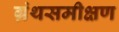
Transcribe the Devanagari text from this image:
ग्रंथसमीक्षण